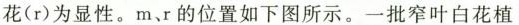
花(r)为显性。m、r的位置如下图所示。一批窄叶白花植